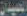
المعيدان